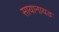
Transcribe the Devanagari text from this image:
सायानायड